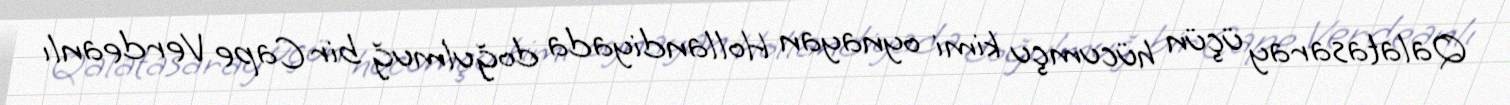
Qalatasaray üçün hücumçu kimi oynayan Hollandiyada doğulmuğ bir Cape Verdeanlı